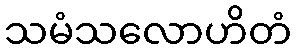
သမံသလောဟိတံ